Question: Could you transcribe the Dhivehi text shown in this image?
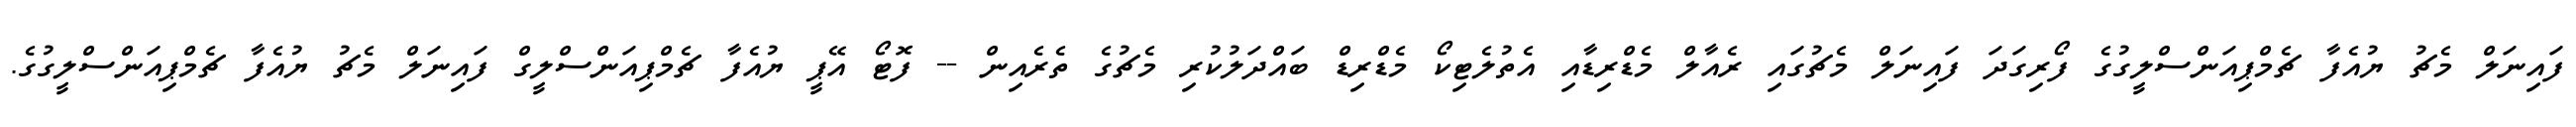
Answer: ފައިނަލް މެޗު ޔުއެފާ ޗެމްޕިއަންސްލީގުގެ ފޯރިގަދަ ފައިނަލް މެޗުގައި ރެއާލް މެޑްރިޑާއި އެތުލެޓިކޯ މެޑްރިޑް ބައްދަލުކުރި މެޗުގެ ތެރެއިން -- ފޮޓޯ އޭޕީ ޔުއެފާ ޗެމްޕިއަންސްލީގް ފައިނަލް މެޗު ޔުއެފާ ޗެމްޕިއަންސްލީގުގެ.